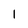
Character: 1